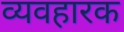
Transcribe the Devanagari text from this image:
व्यवहारक